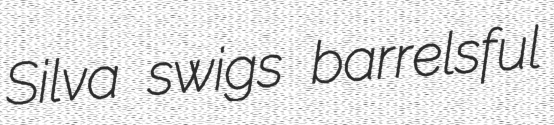
Silva swigs barrelsful